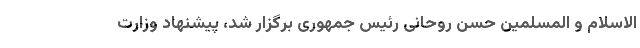
الاسلام و المسلمین حسن روحانی رئیس جمهوری برگزار شد، پیشنهاد وزارت